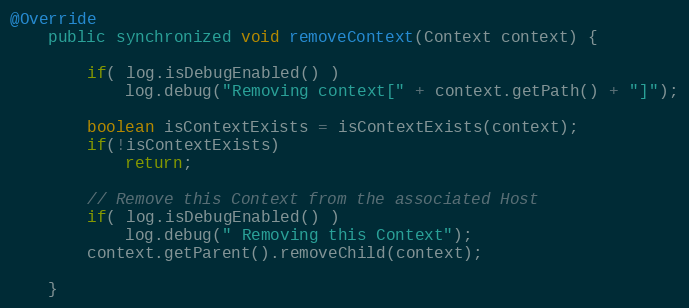
Language: Java
@Override
	public synchronized void removeContext(Context context) {

        if( log.isDebugEnabled() )
            log.debug("Removing context[" + context.getPath() + "]");

        boolean isContextExists = isContextExists(context);
        if(!isContextExists)
        	return;

        // Remove this Context from the associated Host
        if( log.isDebugEnabled() )
            log.debug(" Removing this Context");
        context.getParent().removeChild(context);

    }